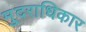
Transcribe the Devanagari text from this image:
मु्दराधिकार